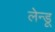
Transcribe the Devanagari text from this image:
लेन्डू